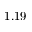
1 . 1 9